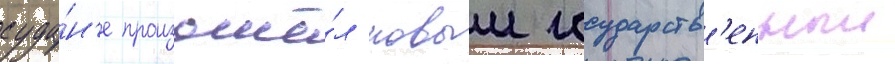
суда́н'е произошё́л новыи государств'енныи